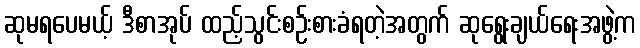
ဆုမရပေမယ့် ဒီစာအုပ် ထည့်သွင်းစဉ်းစားခံရတဲ့အတွက် ဆုရွေးချယ်ရေးအဖွဲ့က